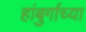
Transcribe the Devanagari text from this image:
हांबुर्गाच्या